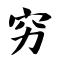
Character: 穷